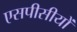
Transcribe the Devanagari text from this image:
एसपीसीयों